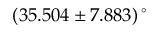
( 3 5 . 5 0 4 \pm 7 . 8 8 3 ) \, ^ { \circ }